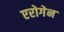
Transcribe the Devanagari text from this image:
एरोगेन